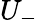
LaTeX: U_{-}